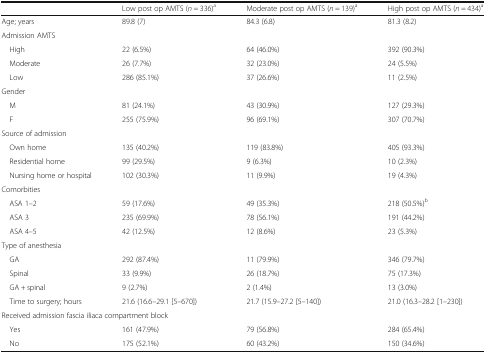
<table><thead><tr><td></td><td><b>Low post op AMTS (<i>n</i> = 336)<sup>a</sup></b></td><td><b>Moderate post op AMTS (<i>n</i> = 139)<sup>a</sup></b></td><td><b>High post op AMTS (<i>n</i> = 434)<sup>a</sup></b></td></tr></thead><tbody><tr><td>Age; years</td><td>89.8 (7)</td><td>84.3 (6.8)</td><td>81.3 (8.2)</td></tr><tr><td colspan="4">Admission AMTS</td></tr><tr><td> High</td><td>22 (6.5%)</td><td>64 (46.0%)</td><td>392 (90.3%)</td></tr><tr><td> Moderate</td><td>26 (7.7%)</td><td>32 (23.0%)</td><td>24 (5.5%)</td></tr><tr><td> Low</td><td>286 (85.1%)</td><td>37 (26.6%)</td><td>11 (2.5%)</td></tr><tr><td colspan="4">Gender</td></tr><tr><td> M</td><td>81 (24.1%)</td><td>43 (30.9%)</td><td>127 (29.3%)</td></tr><tr><td> F</td><td>255 (75.9%)</td><td>96 (69.1%)</td><td>307 (70.7%)</td></tr><tr><td colspan="4">Source of admission</td></tr><tr><td> Own home</td><td>135 (40.2%)</td><td>119 (83.8%)</td><td>405 (93.3%)</td></tr><tr><td> Residential home</td><td>99 (29.5%)</td><td>9 (6.3%)</td><td>10 (2.3%)</td></tr><tr><td> Nursing home or hospital</td><td>102 (30.3%)</td><td>11 (9.9%)</td><td>19 (4.3%)</td></tr><tr><td colspan="4">Comorbities</td></tr><tr><td> ASA 1–2</td><td>59 (17.6%)</td><td>49 (35.3%)</td><td>218 (50.5%)<sup>b</sup></td></tr><tr><td> ASA 3</td><td>235 (69.9%)</td><td>78 (56.1%)</td><td>191 (44.2%)</td></tr><tr><td> ASA 4–5</td><td>42 (12.5%)</td><td>12 (8.6%)</td><td>23 (5.3%)</td></tr><tr><td colspan="4">Type of anesthesia</td></tr><tr><td> GA</td><td>292 (87.4%)</td><td>11 (79.9%)</td><td>346 (79.7%)</td></tr><tr><td> Spinal</td><td>33 (9.9%)</td><td>26 (18.7%)</td><td>75 (17.3%)</td></tr><tr><td> GA + spinal</td><td>9 (2.7%)</td><td>2 (1.4%)</td><td>13 (3.0%)</td></tr><tr><td> Time to surgery; hours</td><td>21.6 (16.6–29.1 [5–670])</td><td>21.7 (15.9–27.2 [5–140])</td><td>21.0 (16.3–28.2 [1–230])</td></tr><tr><td colspan="4">Received admission fascia iliaca compartment block</td></tr><tr><td> Yes</td><td>161 (47.9%)</td><td>79 (56.8%)</td><td>284 (65.4%)</td></tr><tr><td> No</td><td>175 (52.1%)</td><td>60 (43.2%)</td><td>150 (34.6%)</td></tr></tbody></table>